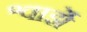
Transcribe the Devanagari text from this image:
श्वार्झे